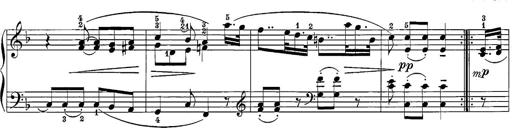
Title: 12 Sonatine per Pianoforte
Composer: Friedrich Kuhlau